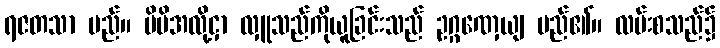
ရဇတသာ မည်။ မိမိအလို့ငှာ လှူသည်ကိုယူခြင်းသည် ဥဂ္ဂဏှေယျ မည်၏။ လမ်းစသည်၌